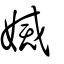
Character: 𡟬